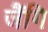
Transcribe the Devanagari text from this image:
जैंगि